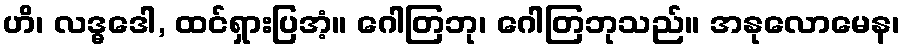
ဟိ၊ လဒ္ဓဒေါ, ထင်ရှားပြအံ့။ ဂေါတြဘု၊ ဂေါတြဘုသည်။ အနုလောမေန၊